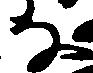
な